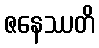
ဇနေဿတိ